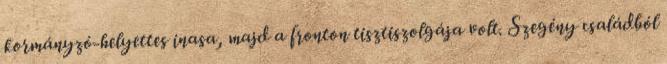
kormányzó-helyettes inasa, majd a fronton tisztiszolgája volt. Szegény családból